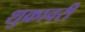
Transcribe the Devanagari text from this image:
शुक्रावरी